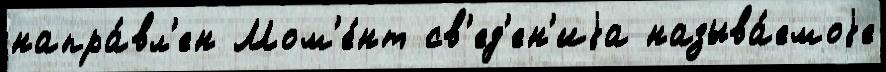
напра́вл'ен Мом'е́нт св'ед'ен'иjа называ́емоjе